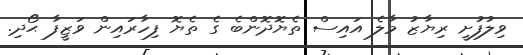
ވިލުފުށީ ރިޔާޒު މާލެ އައިސް ތެޔޮދޮންބެ ގެ ތެޔޮ ފިހާރައިން ވަޒީފާ ޙޯދި.